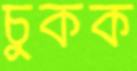
চুকক